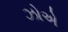
ઝોએ